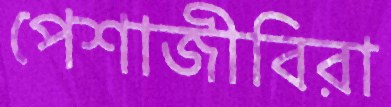
পেশাজীবিরা